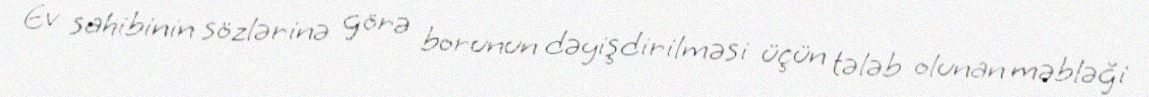
Ev sahibinin sözlərinə görə borunun dəyişdirilməsi üçün tələb olunan məbləği